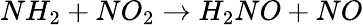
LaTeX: NH_{2}+NO_{2}\rightarrow H_{2}NO+NO